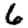
Digit: 6